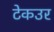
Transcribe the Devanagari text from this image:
टेकउर